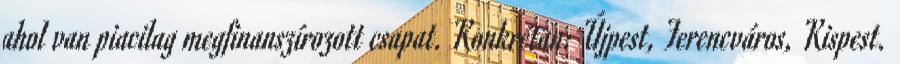
ahol van piacilag megfinanszírozott csapat. Konkrétan: Újpest, Ferencváros, Kispest.